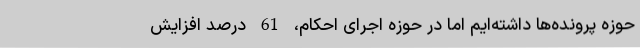
حوزه پرونده‌ها ‌داشته‌ایم اما در حوزه اجرای احکام، 61 درصد افزایش